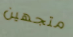
متجهين